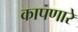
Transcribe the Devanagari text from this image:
कापणारे